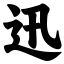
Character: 迅